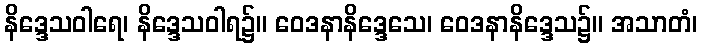
နိဒ္ဒေသဝါရေ၊ နိဒ္ဒေသဝါရ၌။ ဝေဒနာနိဒ္ဒေသေ၊ ဝေဒနာနိဒ္ဒေသ၌။ အသာတံ၊